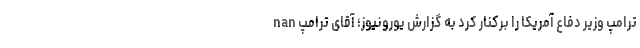
nan ترامپ وزیر دفاع آمریکا را برکنار کرد به گزارش یورونیوز؛ آقای ترامپ